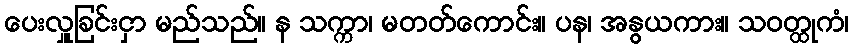
ပေးလှူခြင်းငှာ မည်သည်။ န သက္ကာ၊ မတတ်ကောင်း။ ပန၊ အနွယကား။ သဝတ္ထုကံ၊